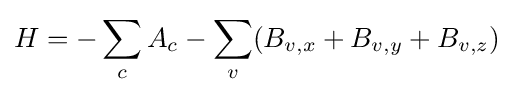
H=-\sum _{c}A_{c}-\sum _{{\textrm {}}v}(B_{v,x}+B_{v,y}+B_{v,z})